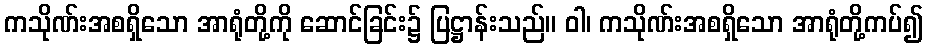
ကသိုဏ်းအစရှိသော အာရုံတို့ကို ဆောင်ခြင်း၌ ပြဋ္ဌာန်းသည်။ ဝါ၊ ကသိုဏ်းအစရှိသော အာရုံတို့ကပ်၍